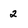
Character: 2